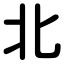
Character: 北